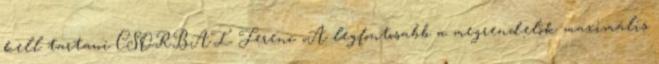
kell tartani CSORBAI Ferenc „A legfontosabb a megrendelôk maximális